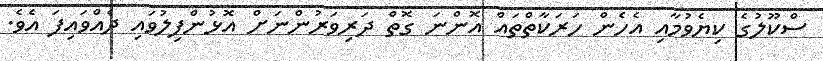
ސްކޫލުގެ ކިޔެވުމާއި އެހެން ހަރަކާތްތައް އޮންނަ ގޮތް ދަރިވަރުންނަށް އޮޅުންފިލުވައި ދެއްވައިފަ އެވެ.